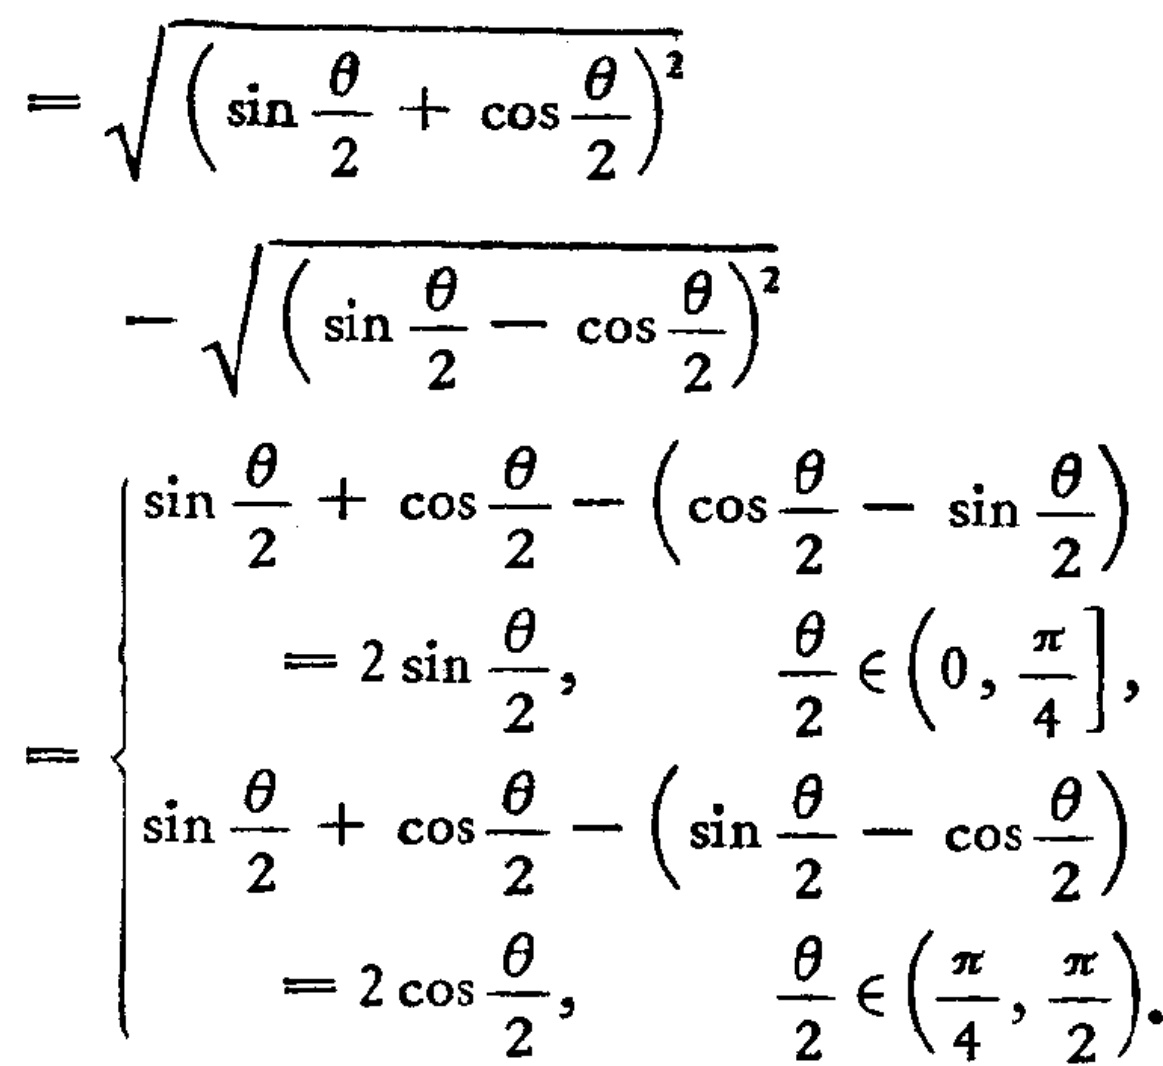
\[
\begin{align*}
=&\sqrt{\left(\sin\frac{\theta}{2}+\cos\frac{\theta}{2}\right)^2}\\
&-\sqrt{\left(\sin\frac{\theta}{2}-\cos\frac{\theta}{2}\right)^2}\\
=&
\begin{cases}
\sin\frac{\theta}{2}+\cos\frac{\theta}{2}-\left(\cos\frac{\theta}{2}-\sin\frac{\theta}{2}\right)\\
=2\sin\frac{\theta}{2},&\frac{\theta}{2}\in\left(0,\frac{\pi}{4}\right],\\
\sin\frac{\theta}{2}+\cos\frac{\theta}{2}-\left(\sin\frac{\theta}{2}-\cos\frac{\theta}{2}\right)\\
=2\cos\frac{\theta}{2},&\frac{\theta}{2}\in\left(\frac{\pi}{4},\frac{\pi}{2}\right).
\end{cases}
\end{align*}
\]